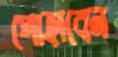
পোহাবেন